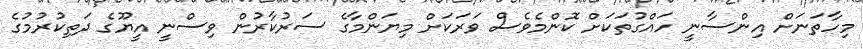
މިހާތަނަށް އިންސާނީ ހައްގުތަކަށް ކޮންމެވެސް ވަރަކަށް މިޔަންމާގެ ސަރުކާރުން ވިސްނީ އީޔޫގެ ދަތިކުރުމުގެ